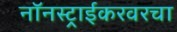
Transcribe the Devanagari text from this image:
नॉनस्ट्राईकरवरचा